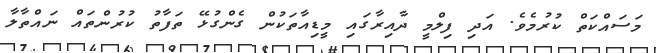
މަސައްކަތް ކުރުމެވެ. އަދި ފިލްމީ ދާއިރާގައި މީޑިއާތަކުން ގެންގުޅޭ ތަފާތު ކުރުންތައް ނައްތާލާ